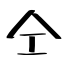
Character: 仝